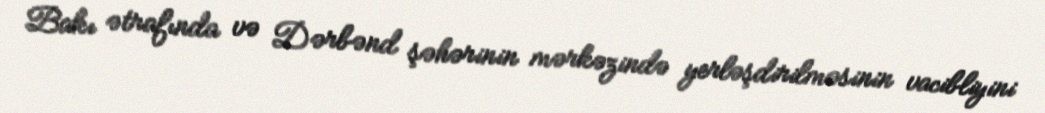
Bakı ətrafında və Dərbənd şəhərinin mərkəzində yerləşdirilməsinin vacibliyini